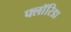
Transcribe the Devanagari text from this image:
फ्लाॅरिडा